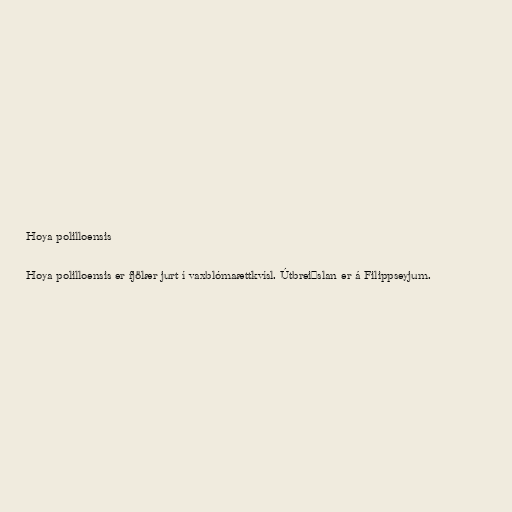
Hoya polilloensis

Hoya polilloensis er fjölær jurt í vaxblómaættkvísl. Útbreiðslan er á Filippseyjum.